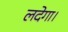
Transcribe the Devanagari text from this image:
लदेगा।